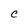
Character: C